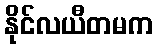
နိုင်လယီတမက